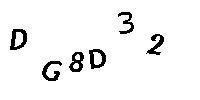
DG8D32